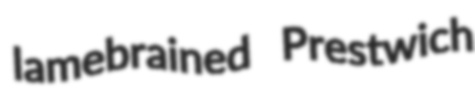
lamebrained Prestwich